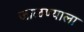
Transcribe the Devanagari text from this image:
जाळण्याला